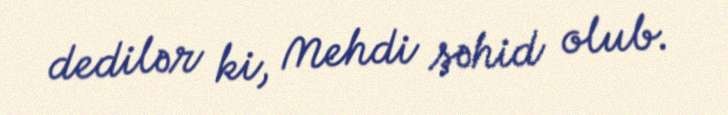
dedilər ki, Mehdi şəhid olub.